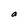
Character: a